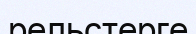
рельстерге